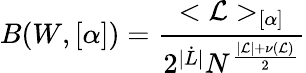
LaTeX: B(W,[\alpha])=\frac{<{\cal L}>_{[\alpha]}}{2^{|\dot{L}|}N^{\frac{|{\cal L}|+\nu({\cal L})}{2}}}